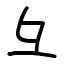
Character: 彑